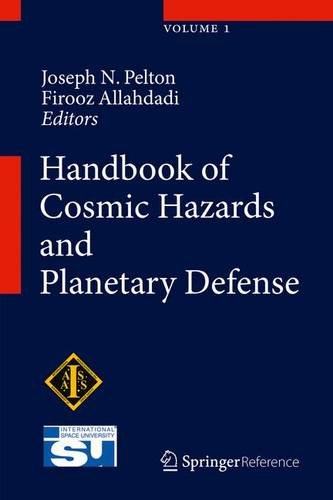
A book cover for Handbook of Cosmic Hazards and Planetary Defense; Science & Math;